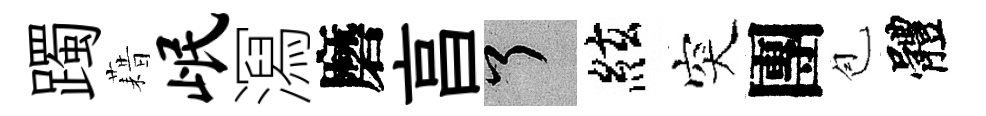
躅藉岷㵼磨亯了絃突團苞體